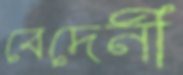
বেদেনী